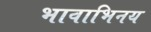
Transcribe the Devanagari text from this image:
भावाभिनय